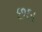
છઠા